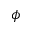
\phi